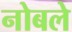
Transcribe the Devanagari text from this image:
नोबले